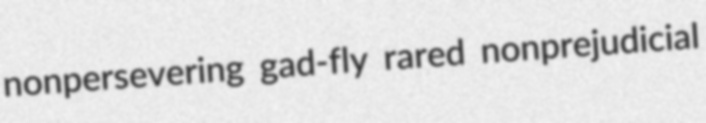
nonpersevering gad-fly rared nonprejudicial